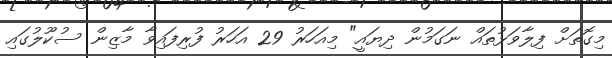
މިގޮތަށް ފިލާވަޅުތައް ނަގަމުން ދިޔައީ" މިއަހަރު 29 އަހަރު ފުރިފައިވާ މާޒިން ސުކޫލުގައި